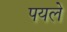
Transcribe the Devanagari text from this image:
पयले